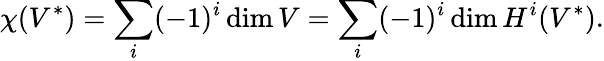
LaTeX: \chi(V^{*})=\sum_{i}(-1)^{i}\dim V=\sum_{i}(-1)^{i}\dim H^{i}(V^{*}).